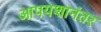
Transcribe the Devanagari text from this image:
आपयशानंतर